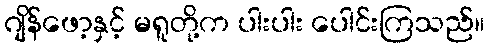
ဂျိန်ဖော့နှင့် မရူတို့က ပါးပါး ပေါင်းကြသည်။